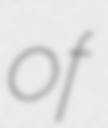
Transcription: of